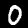
Digit: 0